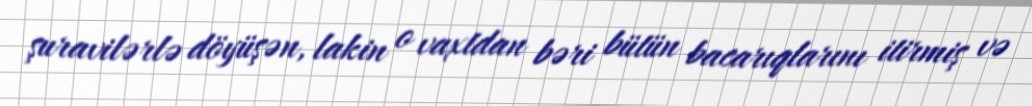
şuravilərlə döyüşən, lakin o vaxtdan bəri bütün bacarıqlarını itirmiş və